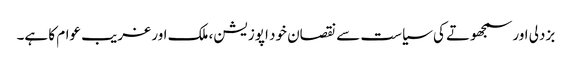
بزدلی اور سمجھوتے کی سیاست سے نقصان خود اپوزیشن، ملک اور غریب عوام کا ہے۔